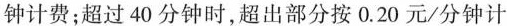
钟计费；超过40分钟时，超出部分按0.20元/分钟计